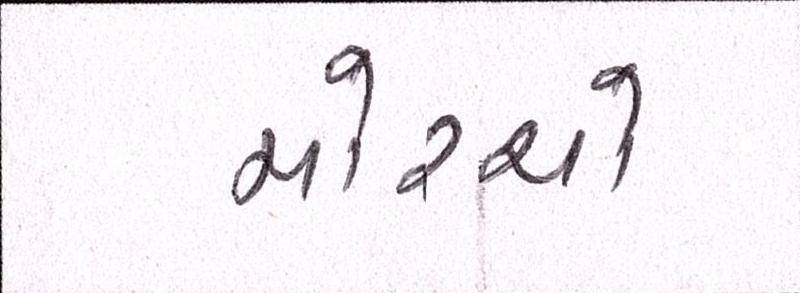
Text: મોરચો